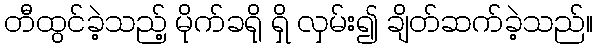
တီထွင်ခဲ့သည့် မိုက်ခရို ရှိ လှမ်း၍ ချိတ်ဆက်ခဲ့သည်။